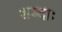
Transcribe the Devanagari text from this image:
शब्दाः